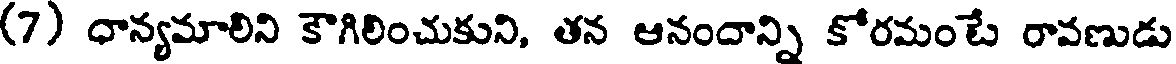
(7) ధాన్యమాలిని కౌగిలించుకుని, తన ఆనందాన్ని కోరమంటే రావణుడు